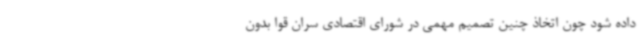
داده شود چون اتخاذ چنین تصمیم مهمی در شورای اقتصادی سران قوا بدون